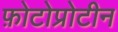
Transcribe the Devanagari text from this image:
फ़ोटोप्रोटीन